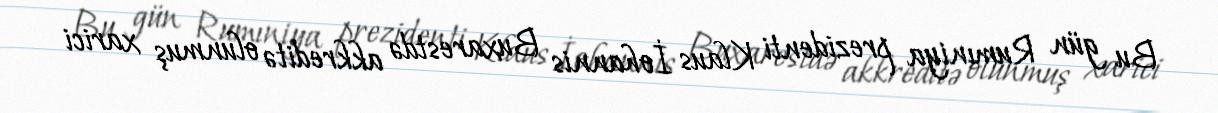
Bu gün Rumıniya prezidenti Klaus İohannis Buxarestdə akkreditə olunmuş xarici